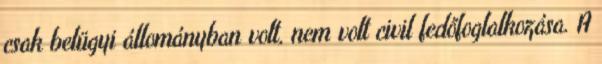
csak belügyi állományban volt, nem volt civil fedőfoglalkozása. A